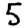
Digit: 5